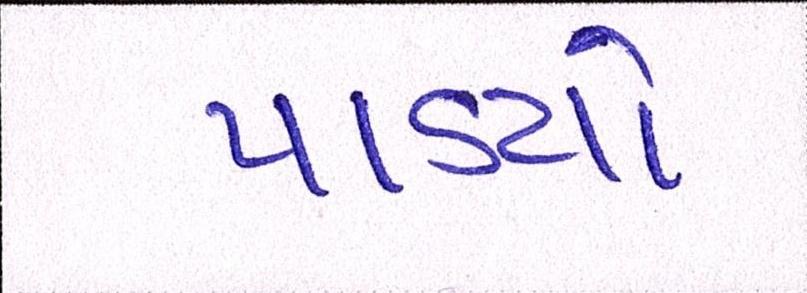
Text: પાડયો